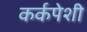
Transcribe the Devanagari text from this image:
कर्कपेशी